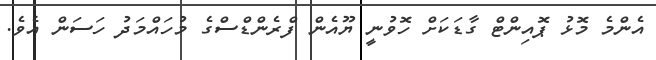
އެންމެ މޮޅު ޕޮއިންޓް ގާޑަކަށް ހޮވުނީ ޔޫއެން ފްރެންޑްސްގެ މުހައްމަދު ހަސަން އެވެ.